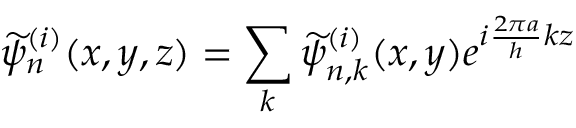
\displaystyle \widetilde { \psi } _ { n } ^ { ( i ) } ( x , y , z ) = \sum _ { k } \widetilde { \psi } _ { n , k } ^ { ( i ) } ( x , y ) e ^ { i \frac { 2 \pi a } { h } k z }